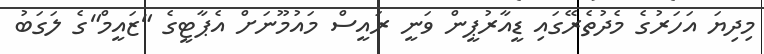
މިދިޔަ އަހަރުގެ މެދުތެރޭގައި ޑީއާރުޕީން ވަނީ ރައީސް މައުމޫނަށް އެޕާޓީގެ "ޒައީމް"ގެ ލަގަބު